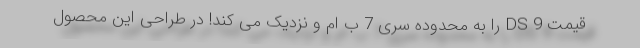
قیمت DS 9 را به محدوده سری 7 ب ام و نزدیک می کند! در طراحی این محصول